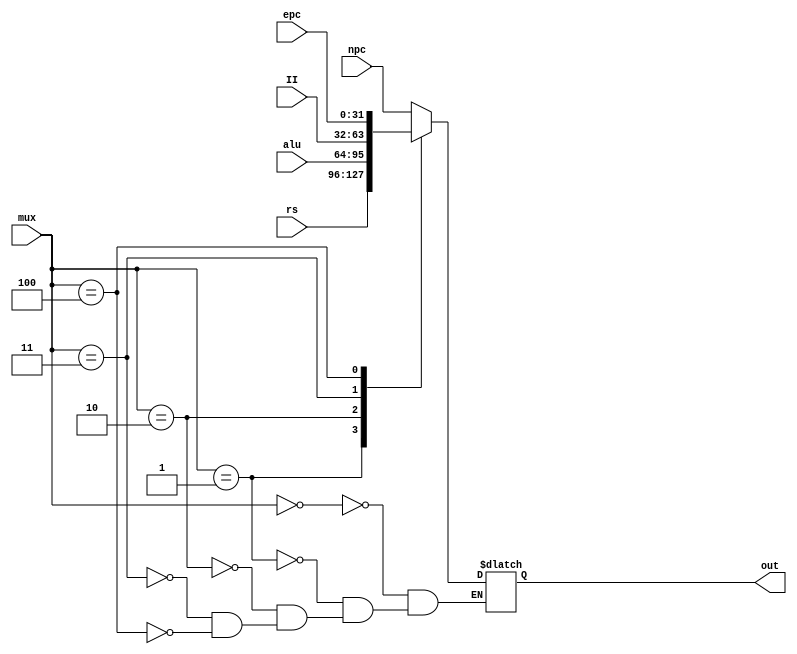
`timescale 1ns / 1ns
module mux_pc(
    input [31:0] npc,
    input [31:0] rs,
    input [31:0] alu,
    input [31:0] II,
    input [31:0] epc,
    input [7:0] mux,
    output reg [31:0] out
);
    parameter mux_pc_NPC=8'd0,mux_pc_Rs=8'd1,mux_pc_ALU=8'd2,mux_pc_II=8'd3,mux_pc_EPC=8'd4;
    always@(*)
    begin
        case(mux)
        mux_pc_NPC:out<=npc;
        mux_pc_Rs:out<=rs;
        mux_pc_ALU:out<=alu;
        mux_pc_II:out<=II;
        mux_pc_EPC:out<=epc;
        endcase
    end
endmodule

module mux_rf(
    input [31:0] alu,
    input [31:0] ext1,
    input [31:0] dm_data,
    input [31:0] pc,
    input [31:0] clz,
    input [31:0] hi,
    input [31:0] lo,
    input [31:0] cbw,
    input [31:0] chw,
    input [31:0] cpr,
    input [7:0] mux,
    output reg [31:0] out
);
    parameter mux_rf_ALU=8'd0,mux_rf_EXT1=8'd1,mux_rf_DM_Data=8'd2,mux_rf_PC=8'd3,mux_rf_CLZ=8'd4,mux_rf_HI=8'd5,mux_rf_LO=8'd6,mux_rf_CBW=8'd7,mux_rf_CHW=8'd8,mux_rf_CPR=8'd9;
    always@(*)
    begin
        case(mux)
        mux_rf_ALU:out<=alu;
        mux_rf_EXT1:out<=ext1;
        mux_rf_DM_Data:out<=dm_data;
        mux_rf_PC:out<=pc;
        mux_rf_CLZ:out<=clz;
        mux_rf_HI:out<=hi;
        mux_rf_LO:out<=lo;
        mux_rf_CBW:out<=cbw;
        mux_rf_CHW:out<=chw;
        mux_rf_CPR:out<=cpr;
        endcase
    end
endmodule

module mux_alu(
    input [31:0] rs,
    input [31:0] rt,
    input [31:0] ext5,
    input [31:0] ext16,
    input [31:0] ext18,
    input [31:0] pc,
    input [7:0] mux,
    output reg [31:0] a,
    output reg [31:0] b
);
    parameter mux_alu_Rs_Rt=8'd0,mux_alu_ext5_Rt=8'd1,mux_alu_Rs_EXT16=8'd2,mux_alu_x_EXT16=8'd3,mux_alu_Rs_0=8'd4,mux_alu_EXT18_PC=8'd5;
    always@(*)
    begin
        case(mux)
        mux_alu_Rs_Rt:begin a<=rs;b<=rt;end
        mux_alu_ext5_Rt:begin a<=ext5;b<=rt;end
        mux_alu_Rs_EXT16:begin a<=rs;b<=ext16;end
        mux_alu_x_EXT16:begin a<=32'hxxxxxxxx;b<=ext16;end
        mux_alu_Rs_0:begin a<=rs;b<=32'b0;end
        mux_alu_EXT18_PC:begin a<=ext18;b<=pc;end
        endcase
    end
endmodule

module mux_hi(
    input [31:0] rs,
    input [31:0] div,
    input [31:0] divu,
    input [31:0] mult,
    input [31:0] multu,
    input [7:0] mux,
    output reg [31:0] out
);
    parameter mux_hi_Rs=8'd0,mux_hi_DIV=8'd1,mux_hi_DIVU=8'd2,mux_hi_MULT=8'd3,mux_hi_MULTU=8'd4;
    always@(*)
    begin
        case(mux)
        mux_hi_Rs:out<=rs;
        mux_hi_DIV:out<=div;
        mux_hi_DIVU:out<=divu;
        mux_hi_MULT:out<=mult;
        mux_hi_MULTU:out<=multu;
        endcase
    end
endmodule

module mux_lo(
    input [31:0] rs,
    input [31:0] div,
    input [31:0] divu,
    input [31:0] mult,
    input [31:0] multu,
    input [7:0] mux,
    output reg [31:0] out
);
    parameter mux_lo_Rs=8'd0,mux_lo_DIV=8'd1,mux_lo_DIVU=8'd2,mux_lo_MULT=8'd3,mux_lo_MULTU=8'd4;
    always@(*)
    begin
        case(mux)
        mux_lo_Rs:out<=rs;
        mux_lo_DIV:out<=div;
        mux_lo_DIVU:out<=divu;
        mux_lo_MULT:out<=mult;
        mux_lo_MULTU:out<=multu;
        endcase
    end
endmodule

module mux2_32(
    input [31:0] a,
    input [31:0] b,
    input choose,
    output reg [31:0] c
    );
    always @(*)
    begin
    case(choose)
        0:c <= a;
        1:c <= b;
        default:c <= 32'bz;
   endcase
   end
endmodule